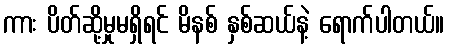
ကား ပိတ်ဆို့မှုမရှိရင် မိနစ် နှစ်ဆယ်နဲ့ ရောက်ပါတယ်။